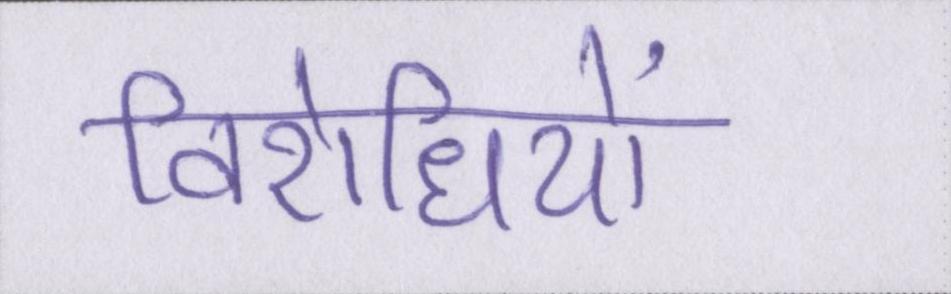
विरोधियों